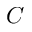
C